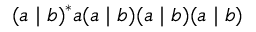
( a \mid b ) ^ { * } a ( a \mid b ) ( a \mid b ) ( a \mid b )